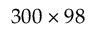
3 0 0 \times 9 8